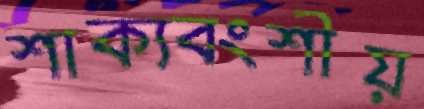
শাক্যবংশীয়